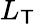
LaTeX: L_{\mathsf{T}}